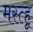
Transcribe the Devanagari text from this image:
मस्त्हू